Note on the mental hospitals in Burma - 1925-1940
Year: 1925
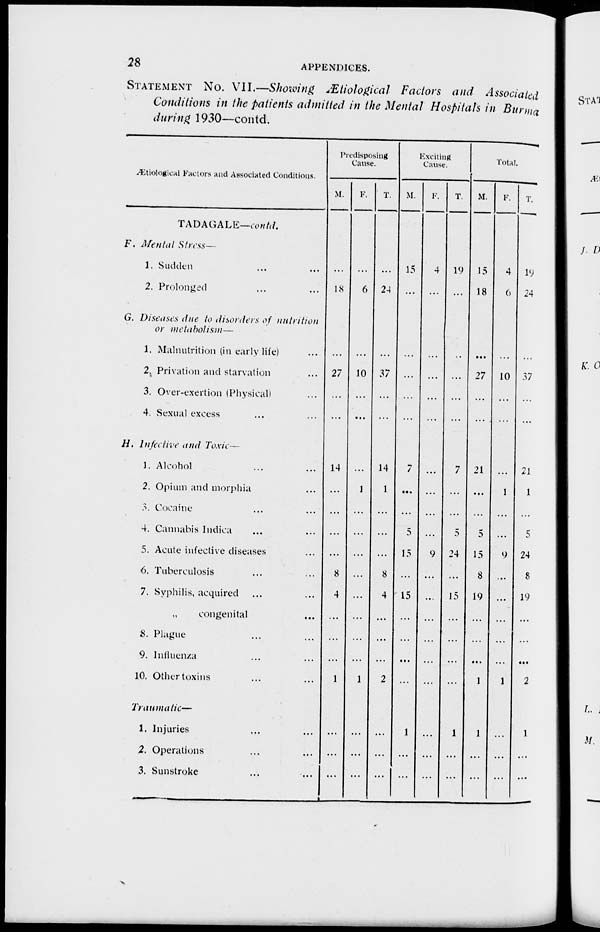
28
APPENDICES.
STATEMENT No. VII.—Showing Ætiological Factors and Associated
Conditions in the patients admitted in the Mental Hospitals in Burma
during 1930—contd.
Ætiological Factors and Associated Conditions.
TADAGALE—contd.
F. Mental Stress—
1. Sudden ... ...
2. Prolonged ... ...
G. Diseases due to disorders of nutrition
or metabolism—
1. Malnutrition (in early life) ...
2. Privation and starvation ...
3. Over-exertion (Physical) ...
4. Sexual excess ... ...
H. Infective and Toxic—
1. Alcohol ... ...
2. Opium and morphia ...
3. Cocaine ... ...
4. Cannabis Indica ... ...
5. Acute infective diseases ...
6. Tuberculosis ... ...
7. Syphilis, acquired ... ...
„ congenital ...
8. Plague ... ...
9. Influenza ... ...
10. Other toxins ... ...
Traumatic—
1. Injuries ... ...
2. Operations ... ...
3. Sunstroke ... ...
Predisposing
Cause.
M.
...
18
...
27
...
...
14
...
...
...
...
8
4
...
...
...
1
...
...
...
F.
...
6
...
10
...
...
...
1
...
...
...
...
...
...
...
...
1
...
...
...
T.
...
24
...
37
...
...
14
1
...
...
...
8
4
...
...
...
2
...
...
...
Exciting
Cause.
M.
15
...
...
...
...
...
7
...
...
5
15
...
15
...
...
...
...
1
...
...
F.
4
...
...
...
...
...
...
...
...
...
9
...
...
...
...
...
...
...
...
...
T.
19
...
...
...
...
...
7
...
...
5
24
...
15
...
...
...
...
1
...
...
Total.
M.
15
18
...
27
...
...
21
...
...
5
15
8
19
...
...
...
1
1
...
...
F.
4
6
...
10
...
...
...
1
...
...
9
...
...
...
...
...
1
...
...
...
T.
19
24
...
37
...
...
21
1
...
5
24
8
19
...
...
...
2
1
...
...